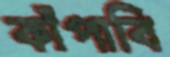
কাঁপাবি